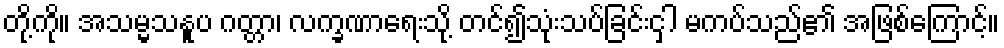
တို့ကို။ အသမ္မသနူပ ဂတ္တာ၊ လက္ခဏာရေးသို့ တင်၍သုံးသပ်ခြင်းငှါ မကပ်သည်၏ အဖြစ်ကြောင့်။